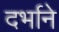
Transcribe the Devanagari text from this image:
दर्भाने